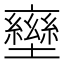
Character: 𡓩